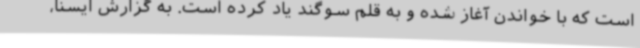
است که با خواندن آغاز شده و به قلم سوگند یاد کرده است. به گزارش ایسنا،